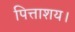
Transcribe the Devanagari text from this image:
पित्ताशय।